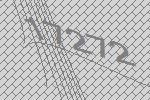
17272